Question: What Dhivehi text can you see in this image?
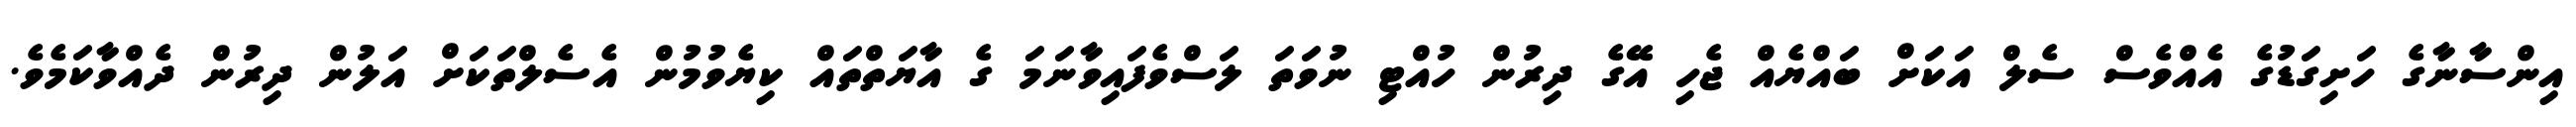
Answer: އިންސާނާގެ ހަށިގަޑުގެ އެއްވެސް ސެލް އަކަށް ބައްޔެއް ޖެހި އޭގެ ދިރުން ހުއްޓި ނުވަތަ ލަސްވެފައިވާނަމަ ގެ އާޔަތްތައް ކިޔެވުމުން އެސެލްތަކަށް އަލުން ދިރުން ދެއްވާކަމެވެ.